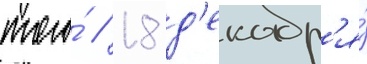
того́ / 18 д'екабр'я́